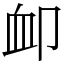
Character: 卹